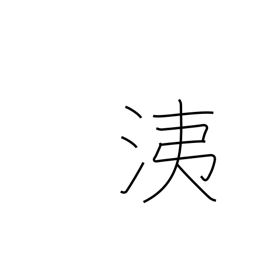
Meaning: nasal discharge